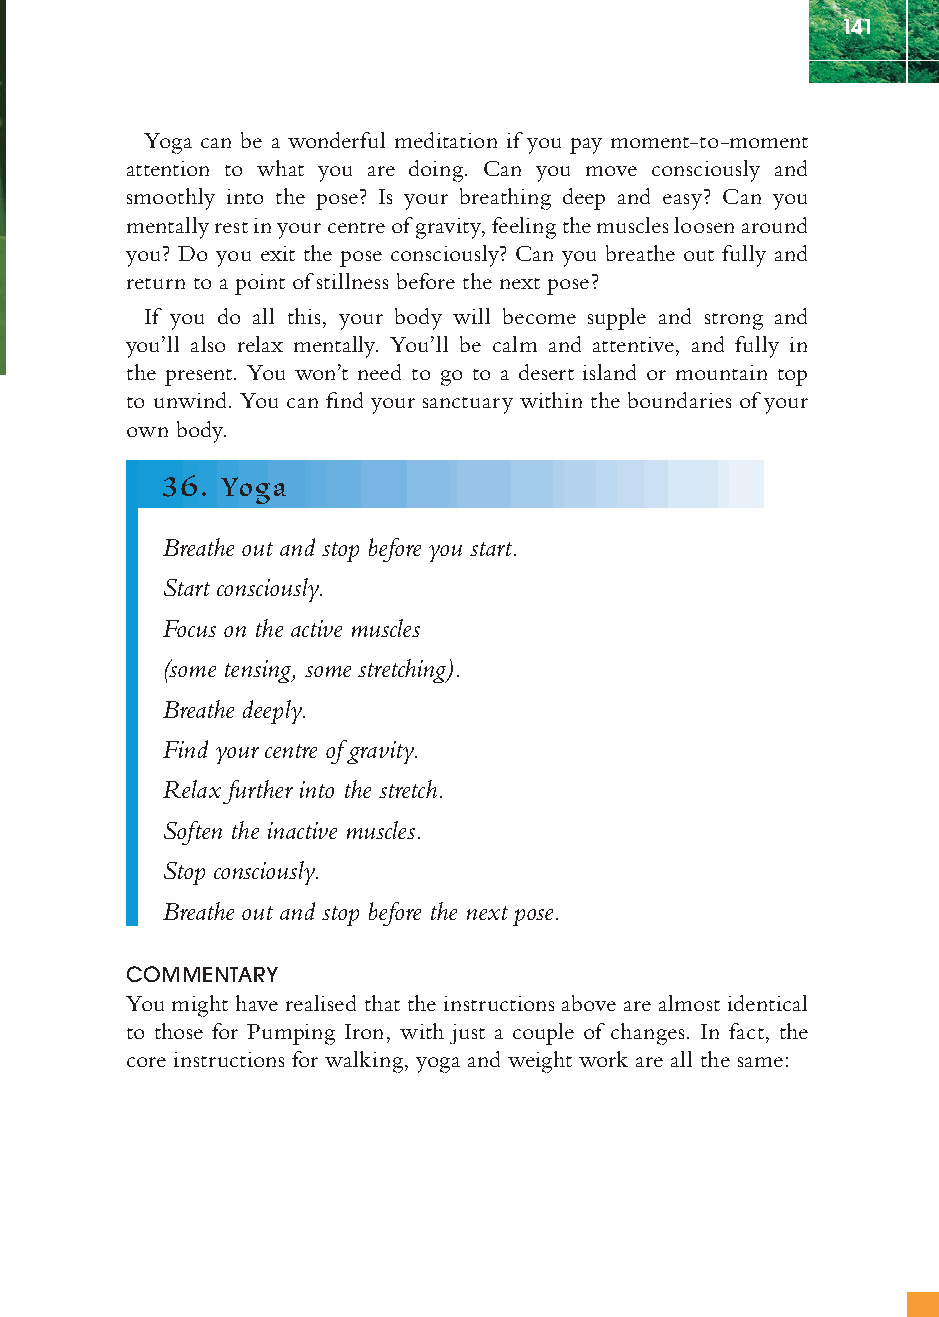
141
 Yoga can be a wonderful meditation if you pay moment-to-moment
 attention to what you are doing. Can you move consciously and
 smoothly into the pose? Is your breathing deep and easy? Can you
 mentally rest in your centre of gravity, feeling the muscles loosen around
 you? Do you exit the pose consciously? Can you breathe out fully and
 return to a point of stillness before the next pose?
 If you do all this, your body will become supple and strong and
 you’ll also relax mentally. You’ll be calm and attentive, and fully in
 the present. You won’t need to go to a desert island or mountain top
 to unwind. You can fi nd your sanctuary within the boundaries of your
 own body.
 36. Yoga
 Breathe out and stop before you start.
 Start consciously.
 Focus on the active muscles
 (some tensing, some stretching).
 Breathe deeply.
 Find your centre of gravity.
 Relax further into the stretch.
 Soften the inactive muscles.
 Stop consciously.
 Breathe out and stop before the next pose.
 COMMENTARY
 You might have realised that the instructions above are almost identical
 to those for Pumping Iron, with just a couple of changes. In fact, the
 core instructions for walking, yoga and weight work are all the same:
 ffiivvee__220000667788..iinndddd SSeecc11::114455   3300//55//0055 55::0055::5511 PPMM